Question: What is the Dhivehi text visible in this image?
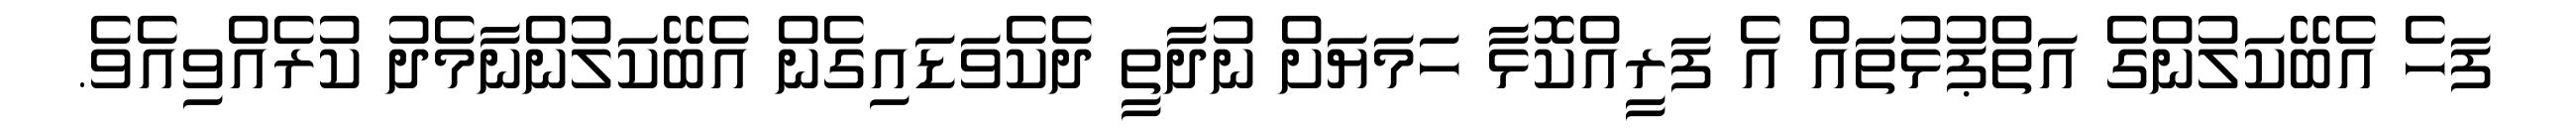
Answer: ފަހެ އެބޭކަލުންގެ އަތްޕުޅުތައް އެ ފަރީއްކޮޅާ ހަމަޔަށް ނުދާތީ ދެކެވަޑައިގެން އެބޭކަލުންނާމެދު ކުރެއްވިއެވެ.